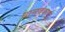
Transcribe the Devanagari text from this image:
दानवकार